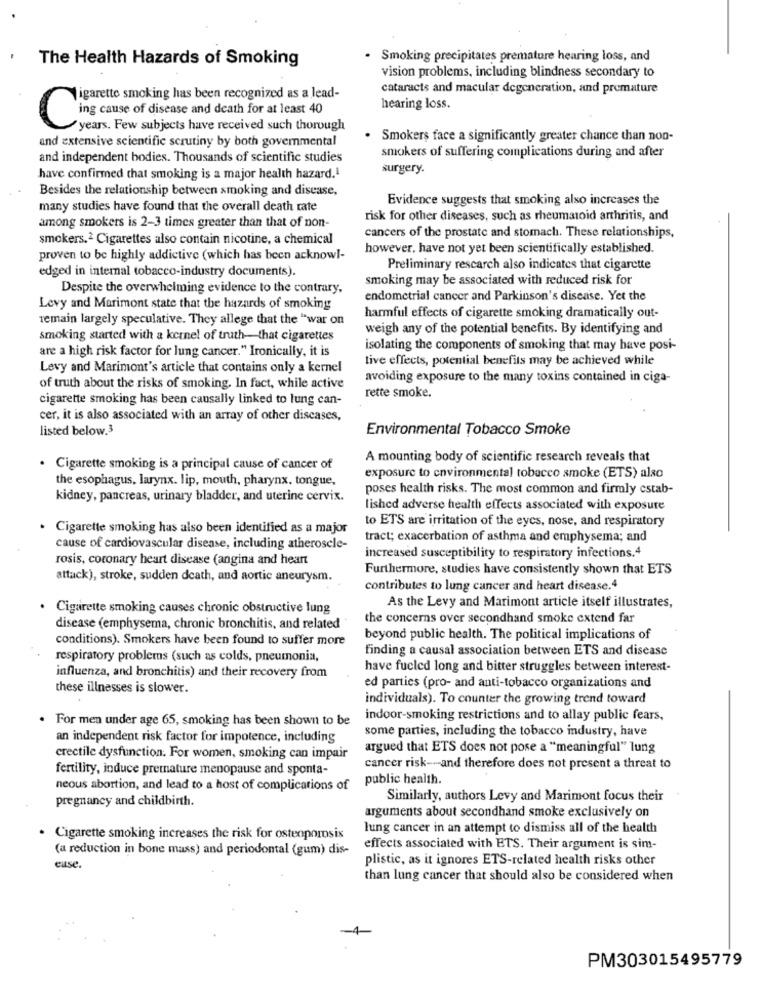
The Health Hazards of Smoking
· Smoking precipitates premature hearing loss, and
vision problems, including blindness secondary to
cataracts and macular degeneration, and premature
Sigarette smoking has been recognized as a lead-
hearing loss.
Cing cause of disease and death for at least 40
years. Few subjects have received such thorough
and extensive scientific scrutiny by both governmental
. Smokers face a significantly greater chance than non-
and independent bodies. Thousands of scientific studies
smokers of suffering complications during and after
surgery.
have confirmed that smoking is a major health hazard.1
Besides the relationship between smoking and disease,
Evidence suggests that smoking also increases the
many studies have found that the overall death rate
among smokers is 2-3 times greater than that of non-
risk for other diseases, such as rheumatoid arthritis, and
cancers of the prostate and stomach. These relationships,
smokers.2 Cigarettes also contain nicotine, a chemical
however, have not yet been scientifically established.
proven to be highly addictive (which has been acknowl-
edged in internal tobacco-industry documents).
Preliminary rescarch also indicates that cigarette
smoking may be associated with reduced risk for
Despite the overwhelming evidence to the contrary,
endometrial cancer and Parkinson's disease. Yet the
Levy and Marimont state that the hazards of smoking
remain largely speculative. They allege that the "war on
harmful effects of cigarette smoking dramatically out-
weigh any of the potential benefits. By identifying and
smoking started with a kernel of truth-that cigarettes
are a high risk factor for lung cancer." Ironically, it is
isolating the components of smoking that may have posi-
tive effects, potential benefits may be achieved while
Levy and Marimont's article that contains only a kernel
avoiding exposure to the many toxins contained in ciga-
of truth about the risks of smoking. In fact, while active
rette smoke.
cigarette smoking has been causally linked to lung can-
cer, it is also associated with an array of other diseases,
listed below.3
Environmental Tobacco Smoke
A mounting body of scientific research reveals that
Cigarette smoking is a principal cause of cancer of
the esophagus, larynx. lip, mouth, pharynx. tongue,
exposure to environmental tobacco smoke (ETS) also
poses health risks. The most common and firmly cstab-
kidney, pancreas, urinary bladder, and uterine cervix.
lished adverse health effects associated with exposure
to ETS are irritation of the eyes, nose, and respiratory
· Cigarette smoking has also been identified as a major
tract; exacerbation of asthma and emphysema; and
cause of cardiovascular disease, including atheroscle-
rosis, coronary heart disease (angina and heart
increased susceptibility to respiratory infections.4
Furthermore, studies have consistently shown that ETS
attack), stroke, sudden death, and aortic aneurysm.
contributes to lung cancer and heart disease.4
Cigarette smoking causes chronic obstructive lung
As the Levy and Marimont article itself illustrates,
the concerns over secondhand smoke extend far
disease (emphysema, chronic bronchitis, and related
conditions). Smokers have been found to suffer more
beyond public health. The political implications of
finding a causal association between ETS and disease
respiratory problems (such as colds, pneumonia,
have fueled long and bitter struggles between interest-
influenza, and bronchitis) and their recovery from
these illnesses is slower.
ed parties (pro- and anti-tobacco organizations and
individuals). To counter the growing trend toward
. For men under age 65, smoking has been shown to be
indoor-smoking restrictions and to allay public fears,
some parties, including the tobacco industry, have
an independent risk factor for impotence, including
argued that ETS does not pose a "meaningful" lung
erectile dysfunction. For women, smoking can impair
fertility, induce premature menopause and sponta-
cancer risk -- and therefore does not present a threat to
neous abortion, and lead to a host of complications of public health.
pregnancy and childbirth.
Similarly, authors Levy and Marimont focus their
arguments about secondhand smoke exclusively on
lung cancer in an attempt to dismiss all of the health
. Cigarette smoking increases the risk for osteoporosis
(a reduction in bone mass) and periodontal (gum) dis-
effects associated with ETS. Their argument is sim-
plistic, as it ignores ETS-related health risks other
euse.
than lung cancer that should also be considered when
PM303015495779